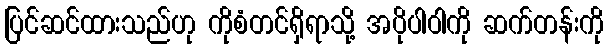
ပြင်ဆင်ထားသည်ဟု ကိုစံတင်ရှိရာသို့ အပိုပါဝါကို ဆက်တန်းကို